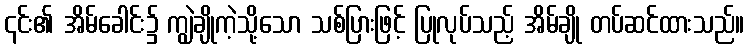
၎င်း၏ အိမ်ခေါင်း၌ ကျွဲချိုကဲ့သို့သော သစ်ပြားဖြင့် ပြုလုပ်သည့် အိမ်ချို တပ်ဆင်ထားသည်။